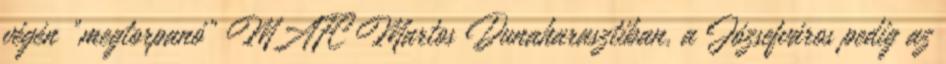
végén "megtorpanó" MAFC Martos Dunaharasztiban, a Józsefváros pedig az